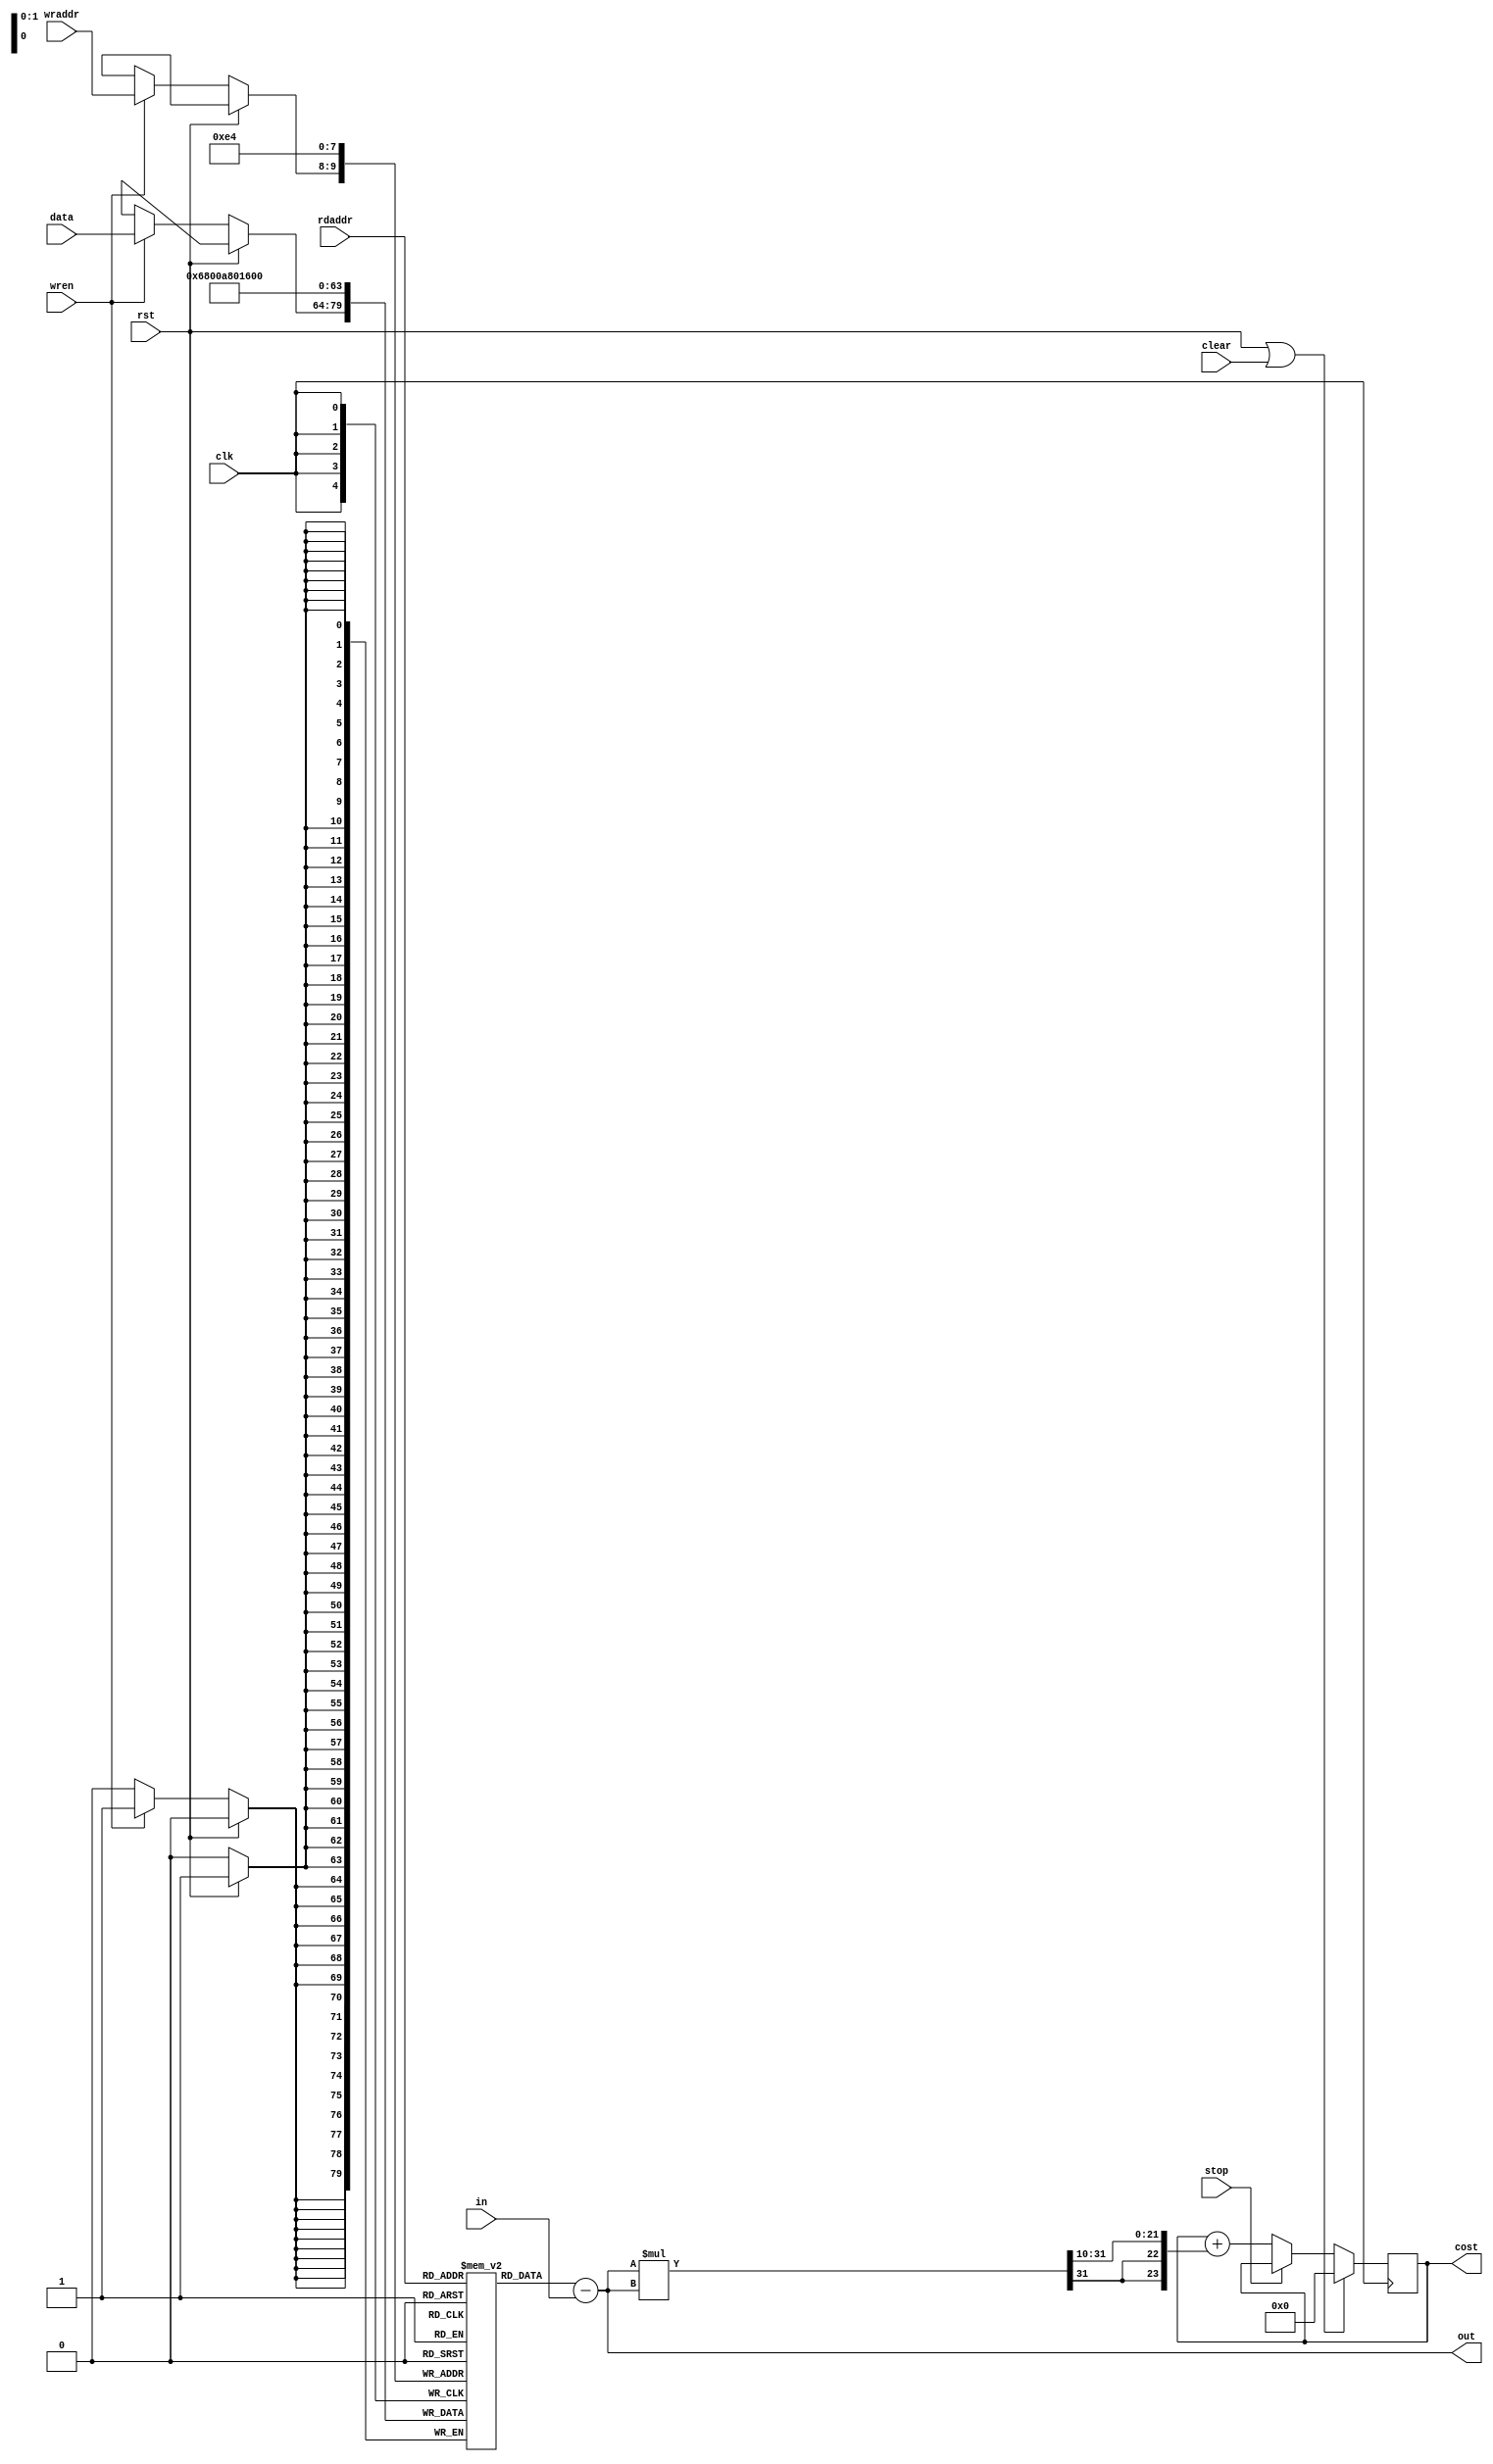
module error(
          in,data,rdaddr,wraddr,out,
          cost,clear,stop,wren, rst,clk);
  input signed [15:0] in, data;
  input [1:0] rdaddr,wraddr;
  output signed [15:0] out;
  output reg signed [23:0] cost;
  input clear, stop, wren, rst, clk;
  
  reg [15:0] mem [3:0];
  wire signed [31:0] mul;
  
  always @(posedge clk)
  begin
    if (rst)
    begin
      mem[2'd0] <= 16'h1600;
      mem[2'd1] <= 16'h0A80;
      mem[2'd2] <= 16'h0680;
      mem[2'd3] <= 16'h0;
    end
    else if (wren) mem[wraddr] <= data;
    if (rst || clear) cost <= 24'd0;
    else if (!stop) cost <= cost + {{2{mul[31]}},mul[31:10]};
  end
  
  assign out = mem[rdaddr] - in;
  assign mul = out*out;
endmodule